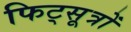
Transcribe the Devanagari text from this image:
फिट्सूत्रों